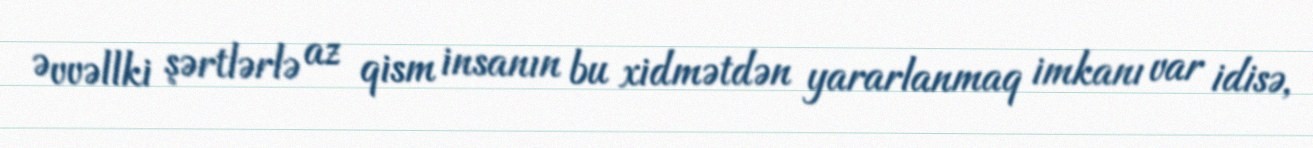
Əvvəllki şərtlərlə az qism insanın bu xidmətdən yararlanmaq imkanı var idisə,